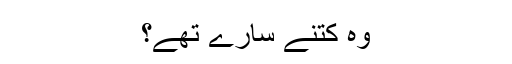
وہ کتنے سارے تھے؟